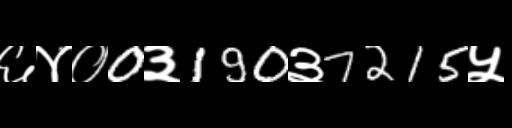
Text: ६४०0३190३7215५